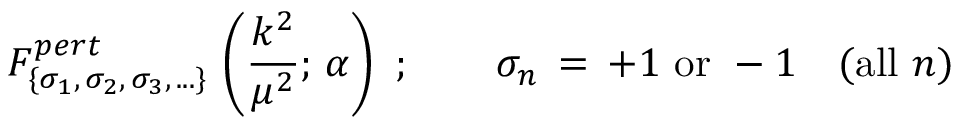
F _ { \{ \sigma _ { 1 } , \, \sigma _ { 2 } , \, \sigma _ { 3 } , \, . . . \} } ^ { p e r t } \, \left( \frac { k ^ { 2 } } { \mu ^ { 2 } } ; \, \alpha \right) \, \, ; \qquad \sigma _ { n } \, = \, + 1 \, \, \mathrm { o r } \, \, - 1 \quad ( \mathrm { a l l } \, \, n )